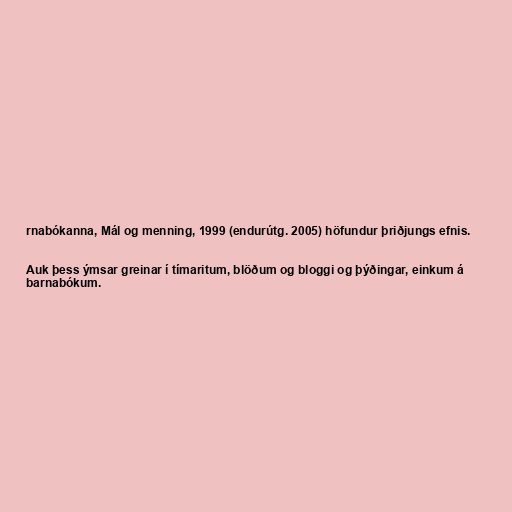
rnabókanna, Mál og menning, 1999 (endurútg. 2005) höfundur þriðjungs efnis.

Auk þess ýmsar greinar í tímaritum, blöðum og bloggi og þýðingar, einkum á
barnabókum.